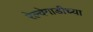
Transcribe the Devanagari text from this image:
रेल्वेगाडीच्या